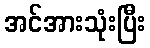
အင်အားသုံးပြီး